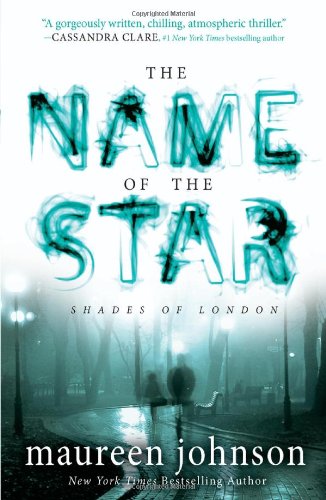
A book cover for The Name of the Star (The Shades of London); Maureen Johnson; Teen & Young Adult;